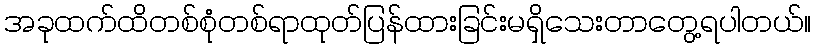
အခုထက်ထိတစ်စုံတစ်ရာထုတ်ပြန်ထားခြင်းမရှိသေးတာတွေ့ရပါတယ်။